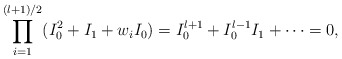
\begin{align*}\prod_{i=1}^{(l+1)/2} (I_0^2 + I_1 + w_i I_0) =I_0^{l+1} + I_0^{l-1} I_1 + \cdots = 0, \end{align*}